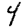
Digit: 4